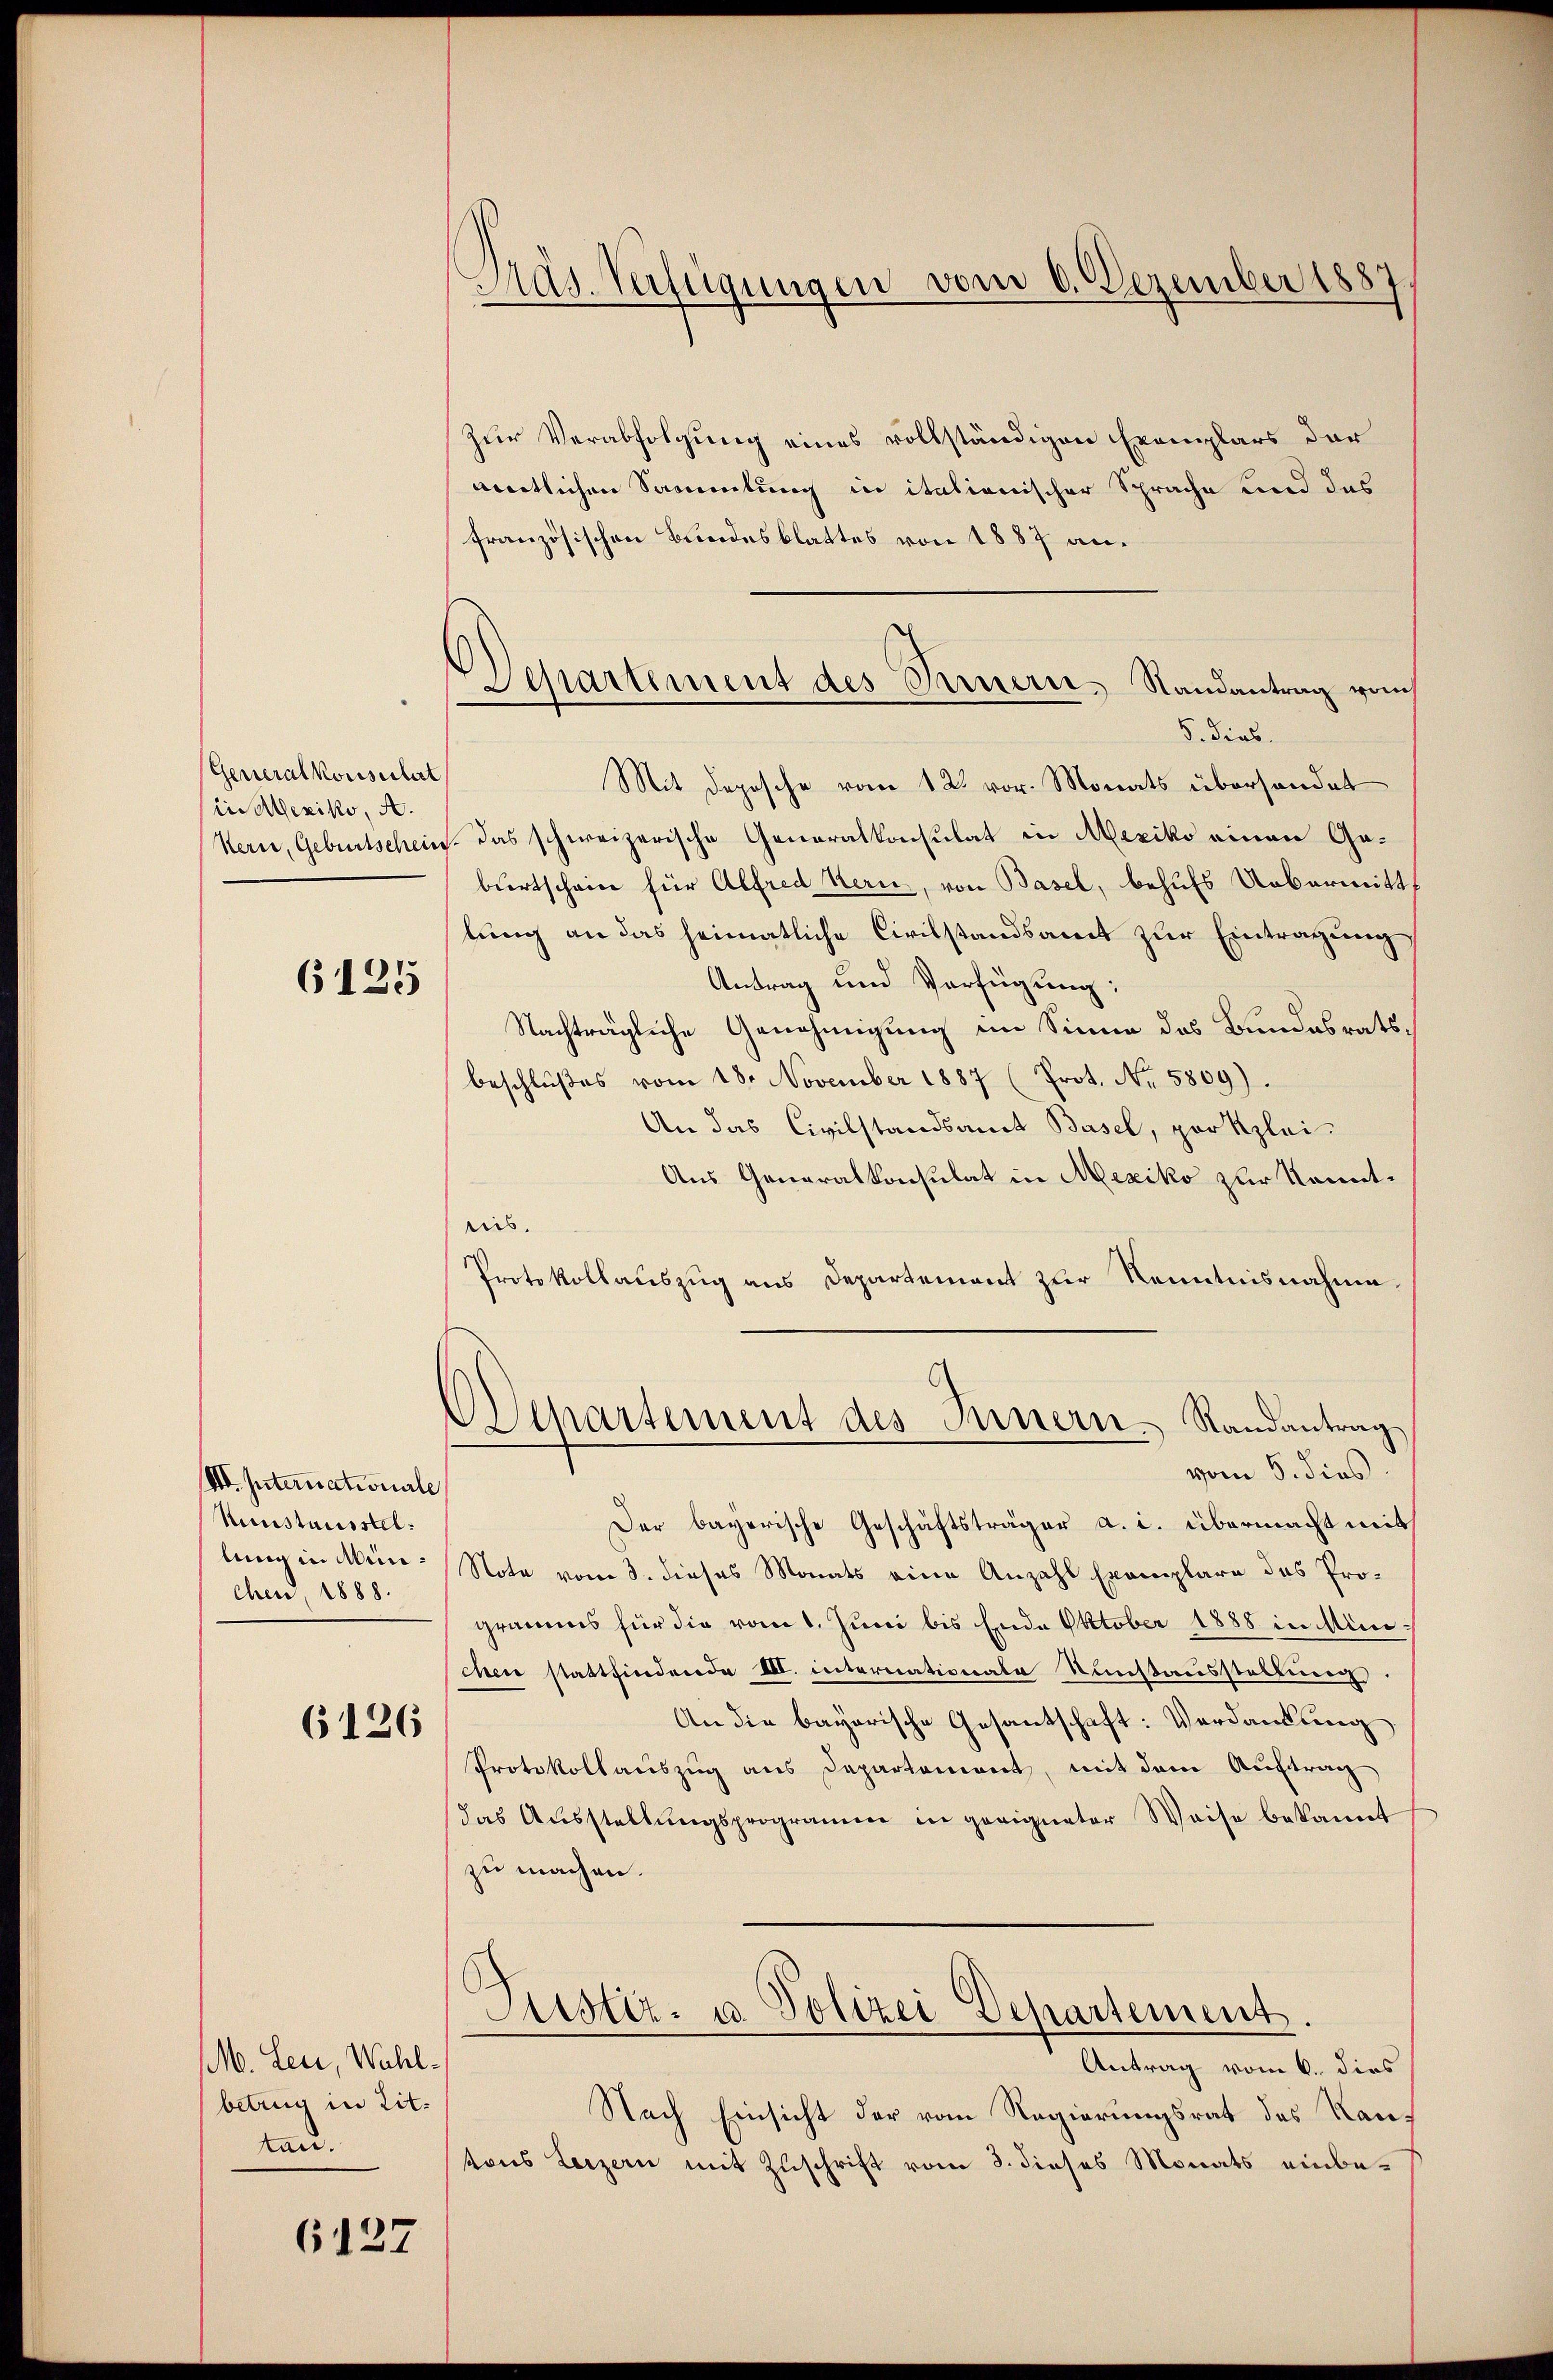
Generalkonsectirt
in Mexiko, A.
Kern, Geburtschein

6125

VII. Internationale
Uunstausstel:
lung in Minchen, 1888.

6126

M. Leue, Wahlbetrug in Lit.
tan.

6127

Pas. Verfügungen vom 6. Dezember 1887

Departement des Innern, Randantrag vom
5. dies

zur Verabfolgung eines vollständigen Exemplars der
meitlichen Sammlung in italienischer Sprache und das
französischen Bundesblattes von 1887 an¬
Mit Depesche vom 12. vor. Monats übersendet
Das schweizerische Generalkonsulat in Mexiko einen Geburtscheine für Alfred Kern, von Basel, behufs Uebermittlung an das heimatliche Civilstandsamt zur Eintragung
Antrag und Verfügung:
Nachträgliche Genehmigung im Sinne das Bundesratsbeschlußes vom 18. November 1887 (Prot. No. 5809).
An das Civilstandsamt Basel, per klei¬
Aus Generalkonsulat in Mexiko zur Kenntnis.
Protokollauszug aus Departement zur Kenntnisnahme
Departement des Innern Randantrag
vom 5. dies
Der bayerische Geschäftsträger a. c. übermacht mit
Note vom 3. dieses Monats eine Anzahl Exemplare das Programms für die vom 1. Juni bis Ende Oktober 1888 in Minichen stattfindende III. intererationale Sunstausstellung
An die bayerische Gesantschaft: Verdankung
Protokollaŭszŭg ans Departement, mit dem Auftrag
das Ausstellungsprogramm in geeigneter Weise bekannt
zu machen.
Astiz- u. Polizei Departement.
Antrag vom 6. dies
Nach Einsicht der vom Regierungsrat des Rautons Luzern mit Zuschrift vom 3. dieses Monats einbe¬